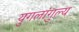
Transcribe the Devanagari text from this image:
युगलांगुल्य